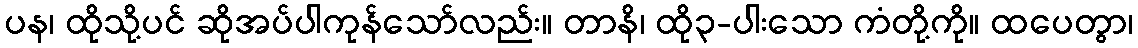
ပန၊ ထိုသို့ပင် ဆိုအပ်ပါကုန်သော်လည်း။ တာနိ၊ ထို၃-ပါးသော ကံတို့ကို။ ထပေတွာ၊